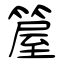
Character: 箼